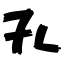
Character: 孔